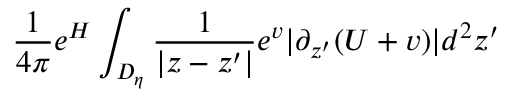
\frac { 1 } { 4 \pi } e ^ { H } \int _ { D _ { \eta } } \frac { 1 } { | z - z ^ { \prime } | } e ^ { v } | \partial _ { z ^ { \prime } } ( U + v ) | d ^ { 2 } z ^ { \prime }